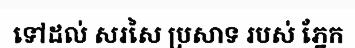
ទៅដល់ សរសៃ ប្រសាទ របស់ ភ្នែក